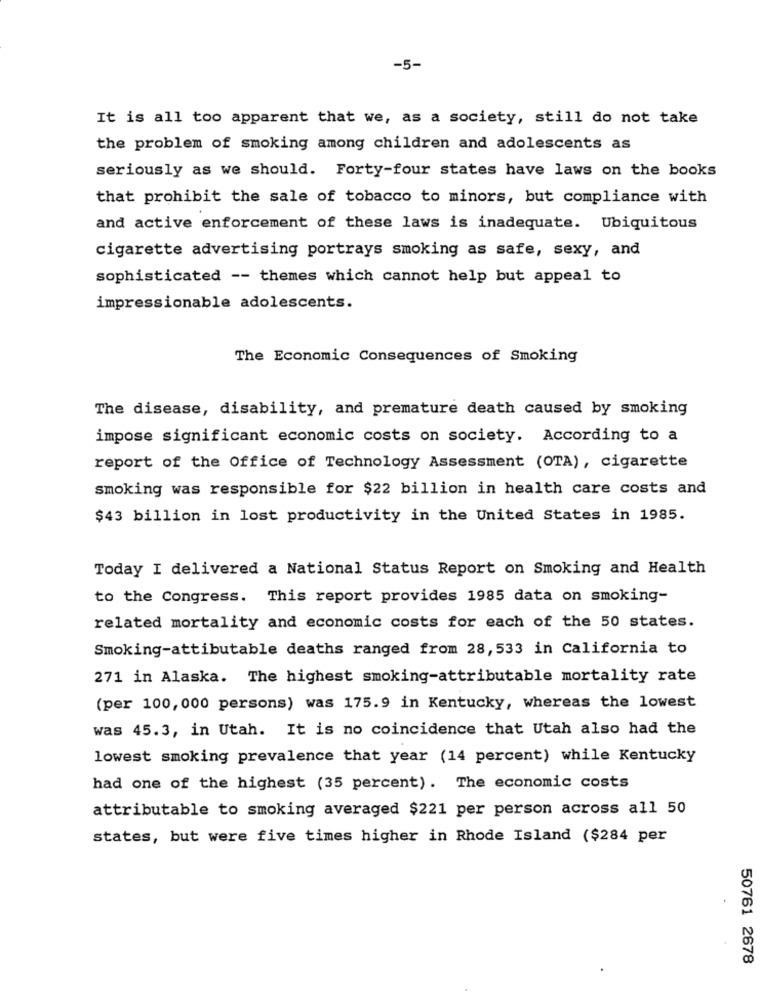
-5-
It is all too apparent that we, as a society, still do not take
the problem of smoking among children and adolescents as
seriously as we should. Forty-four states have laws on the books
that prohibit the sale of tobacco to minors, but compliance with
and active enforcement of these laws is inadequate. Ubiquitous
cigarette advertising portrays smoking as safe, sexy, and
sophisticated -- themes which cannot help but appeal to
impressionable adolescents.
The Economic Consequences of Smoking
The disease, disability, and premature death caused by smoking
impose significant economic costs on society. According to a
report of the Office of Technology Assessment (OTA), cigarette
smoking was responsible for $22 billion in health care costs and
$43 billion in lost productivity in the United States in 1985.
Today I delivered a National Status Report on Smoking and Health
to the Congress. This report provides 1985 data on smoking-
related mortality and economic costs for each of the 50 states.
Smoking-attibutable deaths ranged from 28, 533 in California to
271 in Alaska. The highest smoking-attributable mortality rate
(per 100, 000 persons) was 175.9 in Kentucky, whereas the lowest
was 45.3, in Utah. It is no coincidence that Utah also had the
lowest smoking prevalence that year (14 percent) while Kentucky
had one of the highest (35 percent). The economic costs
attributable to smoking averaged $221 per person across all 50
states, but were five times higher in Rhode Island ($284 per
50761 2678